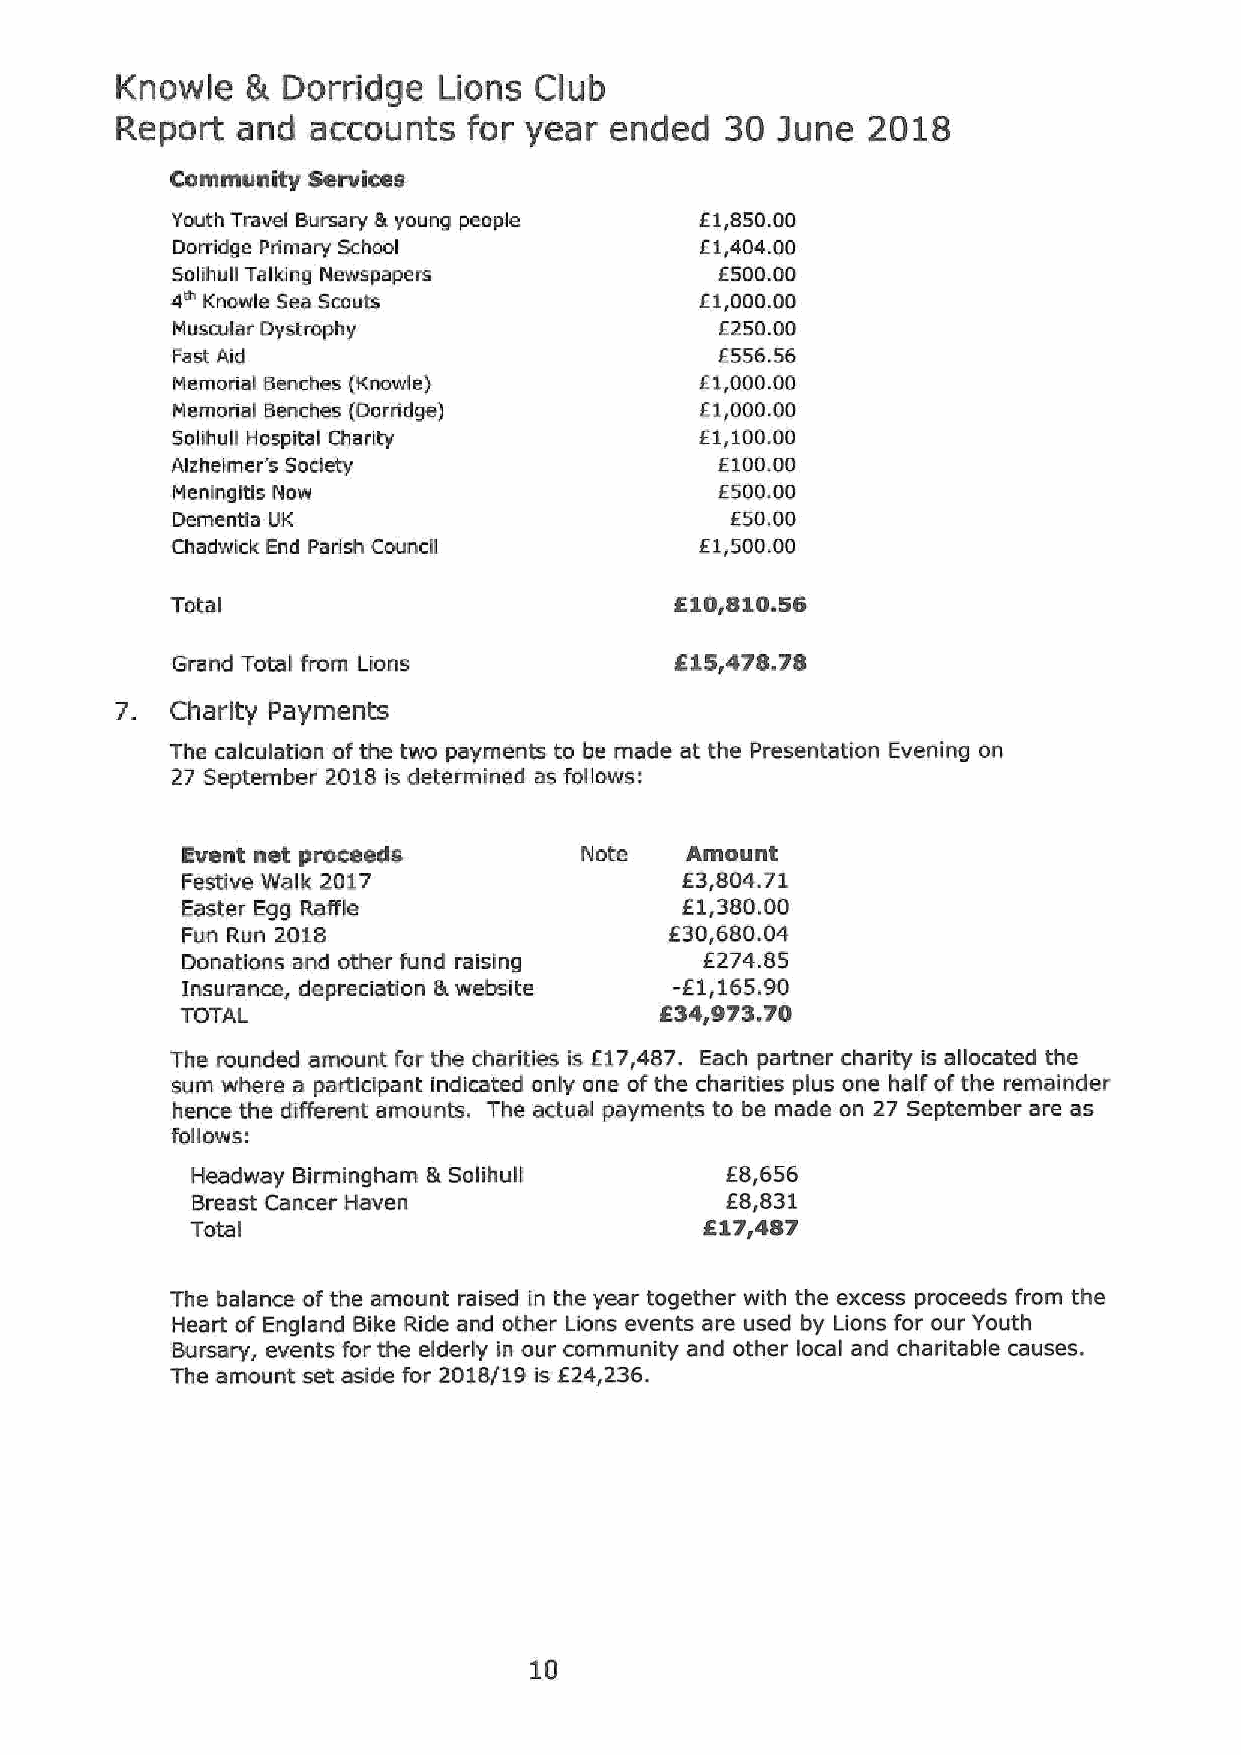
Knowie  St Dorridge  Lions Club
 Report  and  accounts  for year ended   30 june  2018
 Community Services
 Youth Travel Bursary Sr young people E1,850.00
 Dorridge Primary School            E1,404.00
 Solihull Talking Newspapers          E500.00
 4~ Knowle Sea Scouts               E1,000.00
 Muscular Dystrophy                   EZ50.00
 Fast Aid                             E556.56
 Memorial Benches (Knowle)          E1,000.00
 Memorial Benches (Dorridge)        Eir000.00
 Solihull Hospital Charity          E1,100.00
 Alzheirner's Society                 E100.00
 Meningitis Now                       E500.00
 Dementia UK                          E50.00
 Chadwick End Parish Council        E1,500,00
 Total
 610r810.56
 Grand Total from Lions
 615r478.78
 7. Charity Payments
 The calculation of the two payments to be made at the Presentation Evening on
 27 September 2018is determined as follows:
 Event net proceeds        Note   Amount
 Festive Walk 2017                E3,804.71
 Easter Egg Raffle
 j1,380.00
 Fun Run 2018                    E30,680.04
 Donations and other fund raising   E274.85
 Insurance, depreciation Brwebsite
 -f1,165.90
 f
 34r973.70
 TOTAL
 The rounded amount for the charities is E17,487. Each partner charity is allocated the
 sum where a participant indicated only one ofthe charities plus one half ofthe remainder
 hence the different amounts. The actual payments to be made on 27 September are as
 follows:
 f
 Headway Birmingham ik Solihull      8,656
 Breast Cancer Haven                E8,831
 Total
 617r487
 The balance ofthe amount raised in the year together with the excess proceeds from the
 Heart of England Bike Ride and other Lions events are used by Lions for our Youth
 Bursary, events for the elderly in our community and other local and charitable causes.
 f
 The amount set aside for 2018/19 is 24,236.
 10